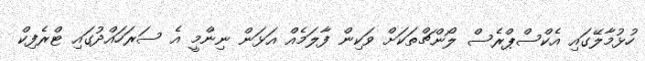
ހުޅުމާލޭގައި އެކްސްޕްރެސް ލޯންޗްތަކަށް ވަކިން ފާލަމެއް އަޅަން ނިންމީ އެ ސަރަހައްދުގައި ޓްރެފިކް